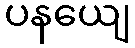
ပနယျေ